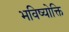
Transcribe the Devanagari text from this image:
भविष्योक्ति